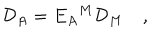
{ \cal D } _ { A } = E _ { A } { } ^ { M } { \cal D } _ { M } \quad ,